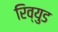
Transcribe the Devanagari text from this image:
रिव्युड